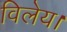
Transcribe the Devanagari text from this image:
विलेय।